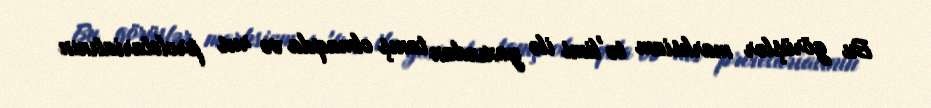
Bu görüşlər marksizm tə'limi ilə yaxından tanış olmaqda və rus proletariatının